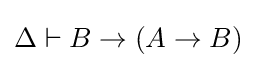
\Delta \vdash B\to (A\to B)